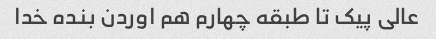
عالی پیک تا طبقه چهارم هم اوردن بنده خدا